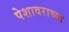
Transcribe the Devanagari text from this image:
पेशावराच्या